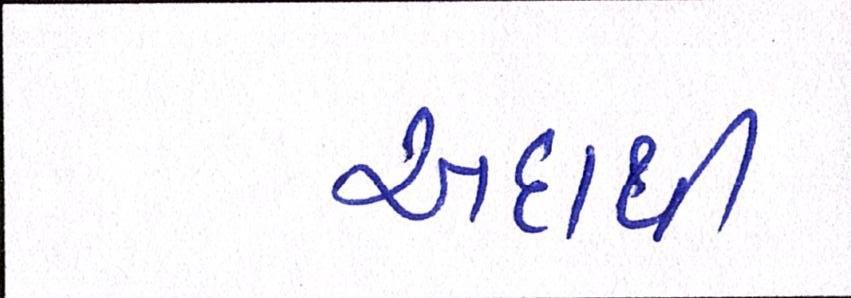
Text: અદાથી